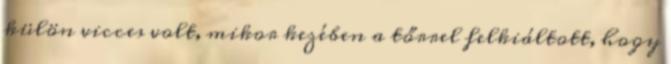
külön vicces volt, mikor kezében a tőrrel felkiáltott, hogy